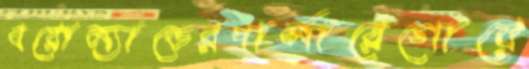
বরোল্যান্ডেরপার্লারেগোয়ে